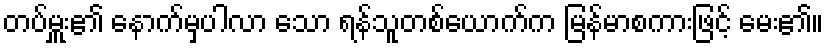
တပ်မှူး၏ နောက်မှပါလာ သော ရန်သူတစ်ယောက်က မြန်မာစကားဖြင့် မေး၏။